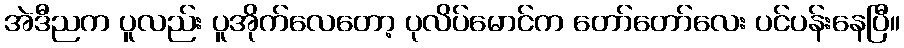
အဲဒီညက ပူလည်း ပူအိုက်လေတော့ ပုလိပ်မောင်က တော်တော်လေး ပင်ပန်းနေပြီ။